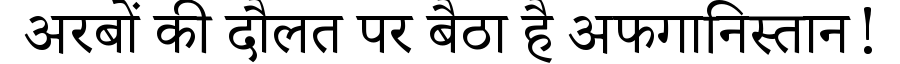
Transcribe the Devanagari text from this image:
अरबों की दौलत पर बैठा है अफगानिस्तान!